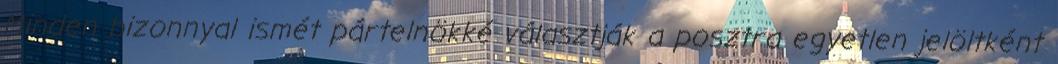
Minden bizonnyal ismét pártelnökké választják a posztra egyetlen jelöltként